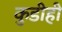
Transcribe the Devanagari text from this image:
कुडीही